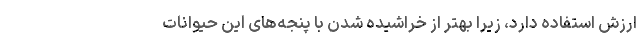
ارزش استفاده دارد، زیرا بهتر از خراشیده شدن با پنجه‌های این حیوانات